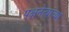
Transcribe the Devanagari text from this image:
पक्षनेत्यांच्या